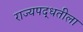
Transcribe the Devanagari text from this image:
राज्यपद्धतीला